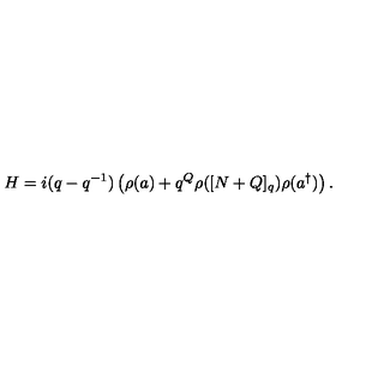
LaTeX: H = i ( q - q ^ { - 1 } ) \left( \rho ( a ) + q ^ { Q } \rho ( [ N + Q ] _ { q } ) \rho ( a ^ { \dagger } ) \right) .